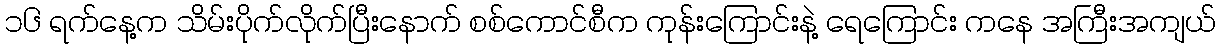
၁၆ ရက်နေ့က သိမ်းပိုက်လိုက်ပြီးနောက် စစ်ကောင်စီက ကုန်းကြောင်းနဲ့ ရေကြောင်း ကနေ အကြီးအကျယ်